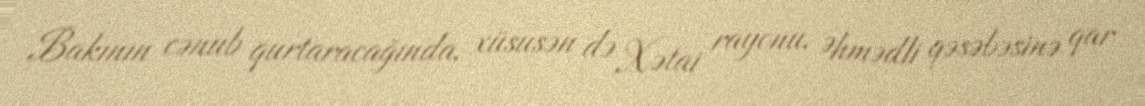
Bakının cənub qurtaracağında, xüsusən də Xətai rayonu, Əhmədli qəsəbəsinə qar